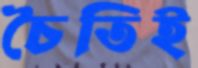
চৈতিই